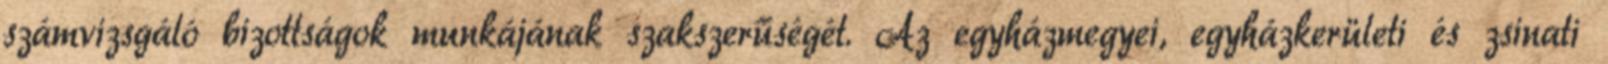
számvizsgáló bizottságok munkájának szakszerűségét. Az egyházmegyei, egyházkerületi és zsinati